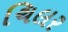
ચિલર